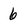
Character: 6